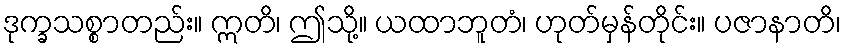
ဒုက္ခသစ္စာတည်း။ ဣတိ၊ ဤသို့။ ယထာဘူတံ၊ ဟုတ်မှန်တိုင်း။ ပဇာနာတိ၊